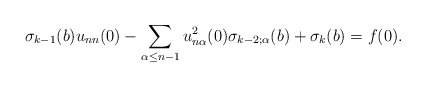
\begin{align*}\sigma_{k-1} (b) u_{nn} (0) - \sum_{\alpha \leq n-1} u_{n\alpha}^2 (0) \sigma_{k-2;\alpha} (b) + \sigma_k (b) = f(0).\end{align*}